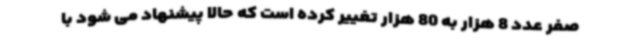
صفر عدد 8 هزار به 80 هزار تغییر کرده است که حالا پیشنهاد می شود با